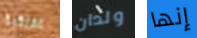
الفلكية ولدان إنها